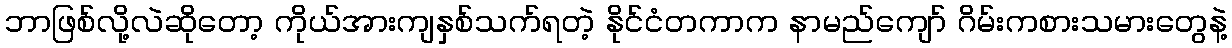
ဘာဖြစ်လို့လဲဆိုတော့ ကိုယ်အားကျနှစ်သက်ရတဲ့ နိုင်ငံတကာက နာမည်ကျော် ဂိမ်းကစားသမားတွေနဲ့